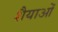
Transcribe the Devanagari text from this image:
शैैयाओं